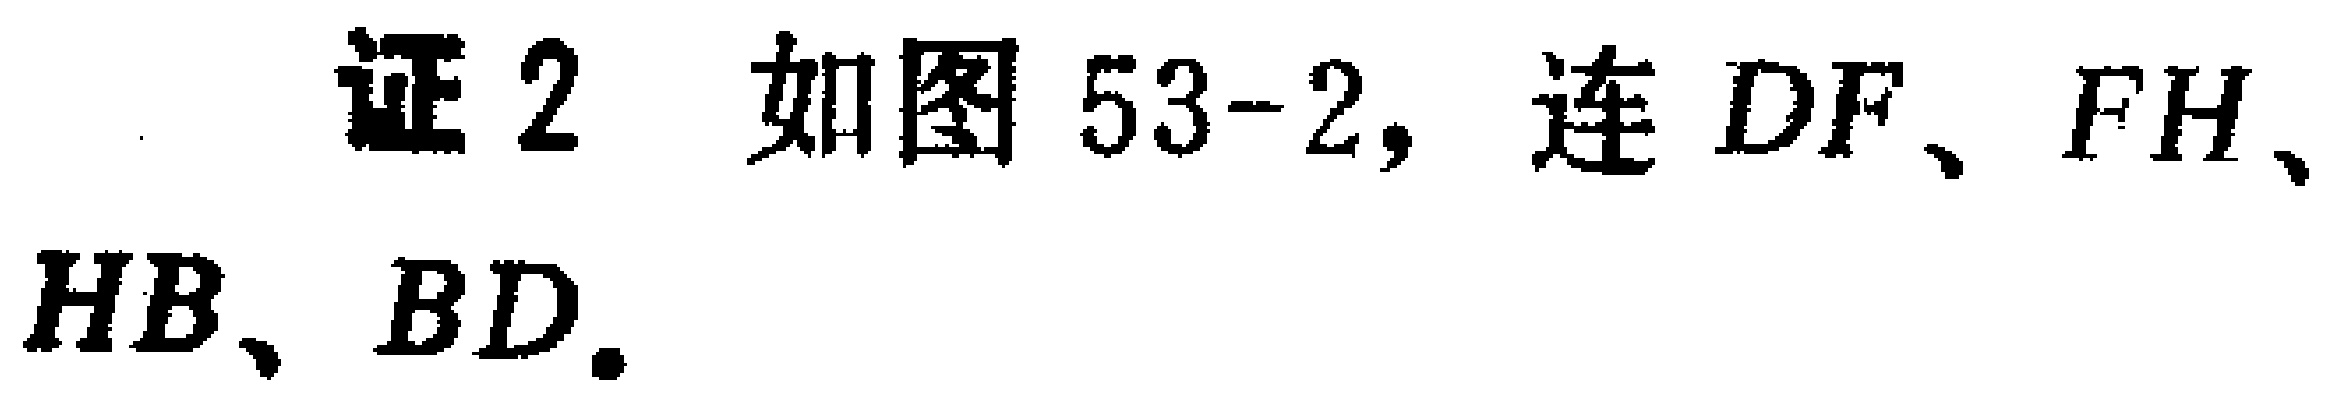
证 2 如图 53-2, 连 \(DF\)、\(FH\)、\(HB\)、\(BD\).